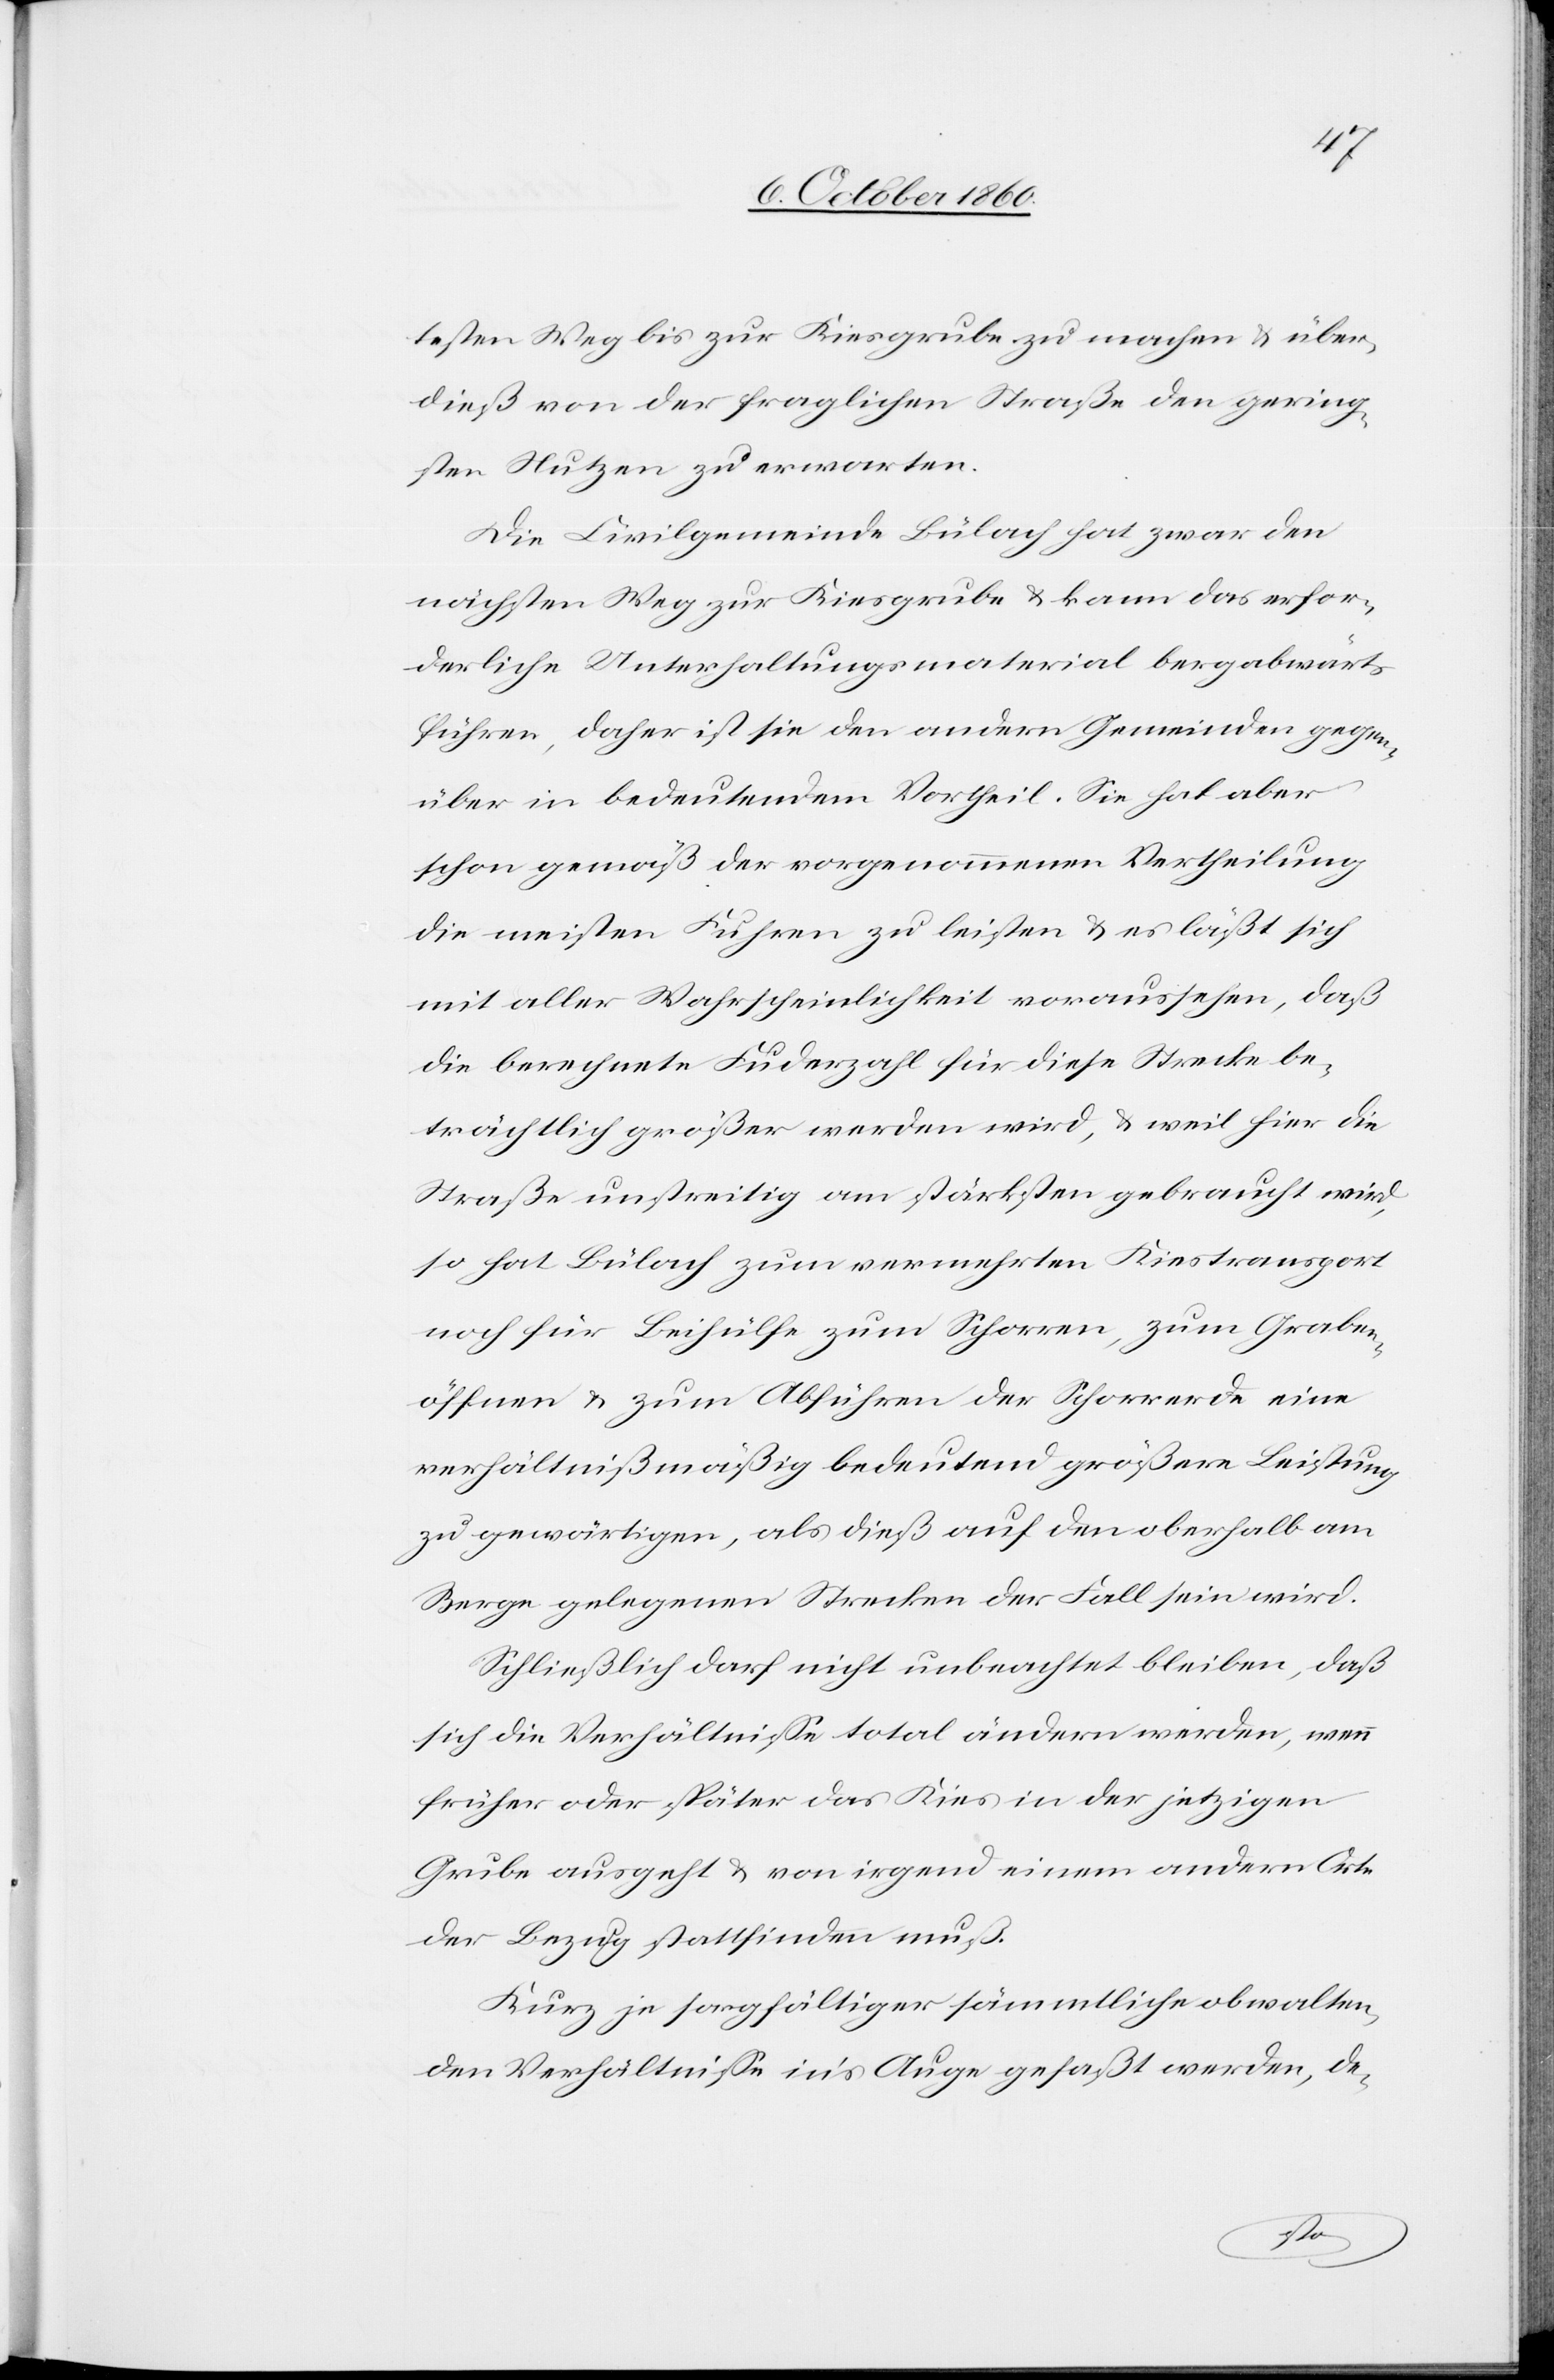
testen Weg bis zur Kiesgrube zu machen u. über¬
dieß von der fraglichen Straße den gering¬
sten Nutzen zu erwarten.
Die Civilgemeinde Bülach hat zwar den
nächsten Weg zur Kiesgrube u. kann das erfor¬
derliche Unterhaltungsmaterial bergabwärts
führen, daher ist sie den andern Gemeinden gegen¬
über in bedeutendem Vortheil. Sie hat aber
schon gemäß der vorgenommenen Vertheilung
die meisten Fuhren zu leisten u. es läßt sich
mit aller Wahrscheinlichkeit voraussehen, daß
die berechnete Fuderzahl für diese Strecke be¬
trächtlich größer werden wird, u. weil hier die
Straße unstreitig am stärksten gebraucht wird,
so hat Bülach zum vermehrten Kiestransport
noch für Beihülfe zum Schorren, zum Graben¬
öffnen u. zum Abführen der Schorrerde eine
verhältnißmäßig bedeutend größere Leistung
zu gewärtigen, als dieß auf den oberhalb am
Berge gelegenen Strecken der Fall sein wird.
Schließlich darf nicht unbeachtet bleiben, daß
sich die Verhältnisse total ändern werden, wenn
früher oder später das Kies in der jetzigen
Grube ausgeht u. von irgend einem andern Orte
der Bezug stattfinden muß.
Kurz je sorgfältiger sämmtliche obwalten¬
den Verhältnisse in’s Auge gefaßt werden, de-